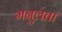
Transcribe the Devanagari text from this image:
मनुलता